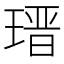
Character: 𤨁